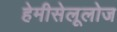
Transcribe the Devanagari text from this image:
हेमीसेलूलोज